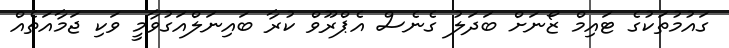
ގައުމުތަކުގެ ޓައިމް ޒޯނަށް ބަދަލު ގެނެސް އެޕްރޫވް ކުރާ ބައިނަލްއަގުވާމީ ވަކި ޖަމާއަތެއް